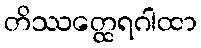
တိဿတ္ထေရဂါထာ